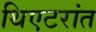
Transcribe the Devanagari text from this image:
थिएटरांत